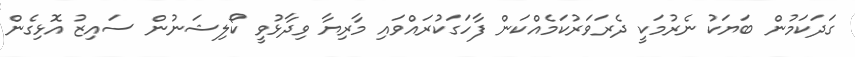
ގަދަކަމުން ބަޔަކު ނެރުމަކީ ދެރަވަރުކަމެއްކަން ފާހަގަކުރައްވައި މާރިޔާ ވިދާޅުވީ ކޯލިޝަނުން ސައިޒު އޮޅިގެން